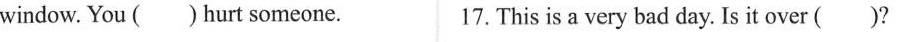
window. You ( ) hurt someone. 17. This is a very bad day. Is it over( )?